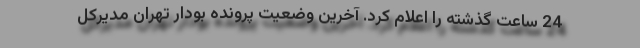
24 ساعت گذشته را اعلام کرد. آخرین وضعیت پرونده بودار تهران مدیرکل